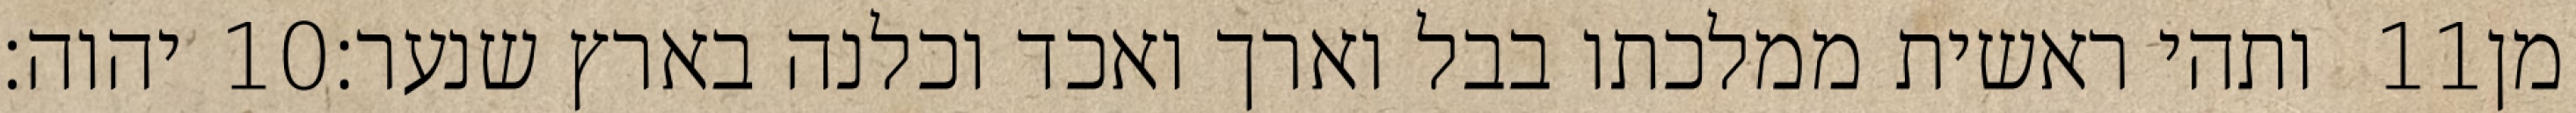
יהוה׃ ‎10‏ ותהי ראשית ממלכתו בבל וארך ואכד וכלנה בארץ שנער׃ ‎11‏ מן